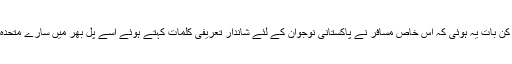
صرف یہی نہیں بلکہ مزید حیران کن بات یہ ہوئی کہ اس خاص مسافر نے پاکستانی نوجوان کے لئے شاندار تعریفی کلمات کہتے ہوئے اسے پل بھر میں سارے متحدہ عرب امارات میں مشہور کر دیا۔